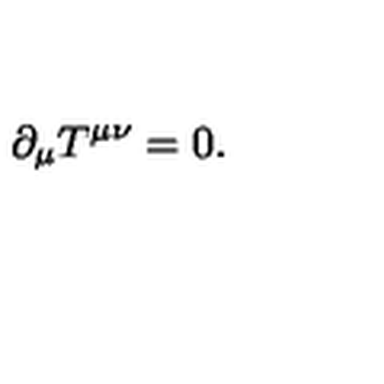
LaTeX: \partial _ { \mu } T ^ { \mu \nu } = 0 .